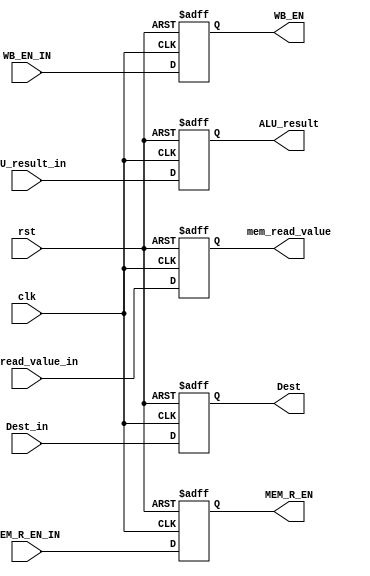
module MEM_Stage_Reg (
  input clk, rst, WB_EN_IN, MEM_R_EN_IN,
  input[31:0] ALU_result_in, mem_read_value_in,
  input[3:0] Dest_in,
  output reg WB_EN, MEM_R_EN,
  output reg[31:0] ALU_result, mem_read_value,
  output reg[3:0] Dest
);

  always@(posedge clk, posedge rst) begin
    if (rst) begin
      {WB_EN, MEM_R_EN, ALU_result, mem_read_value, Dest} <= 0;
    end
    else begin
	    WB_EN <= WB_EN_IN;
		  MEM_R_EN <= MEM_R_EN_IN;
		  ALU_result <= ALU_result_in;
		  mem_read_value <= mem_read_value_in;
		  Dest <= Dest_in;
	  end
	end  
endmodule